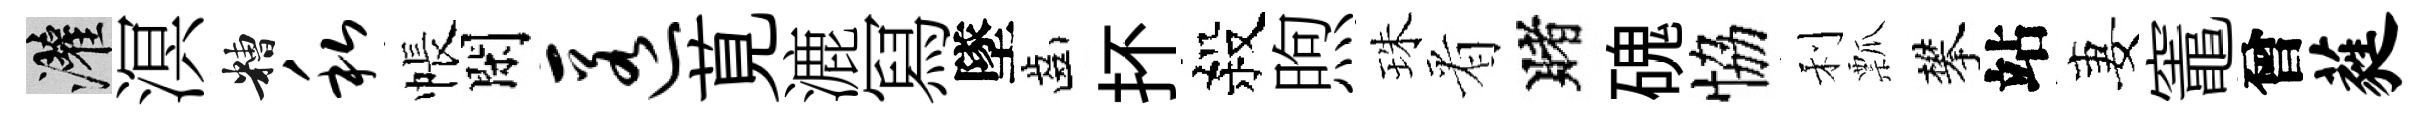
灌溟糟私帳閑匿莧漉冩墜齒抔殺煦珠㸔賭磈恊利瓢攀站妻竈曾蕤